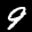
Label: 9